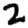
Digit: 2